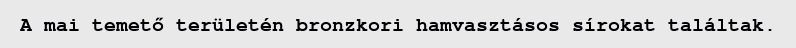
A mai temető területén bronzkori hamvasztásos sírokat találtak.